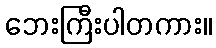
ဘေးကြီးပါတကား။